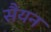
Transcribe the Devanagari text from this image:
सैयन